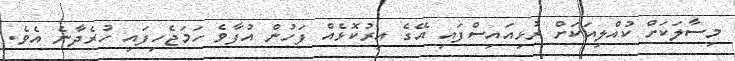
މިސާލަކަށް ކުއްލިއަކަށް ރުޅިއައިސްފައި އޭގެ އިރުކޮޅެއް ފަހުން އުފާވެ ހަމަޖެހިފައި ހުރެދާނެ އެވެ.